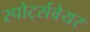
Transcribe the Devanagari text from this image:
स्पोर्ट्सवेयर